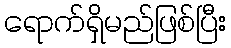
ရောက်ရှိမည်ဖြစ်ပြီး